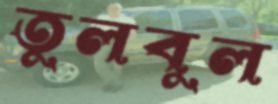
তুলবুল